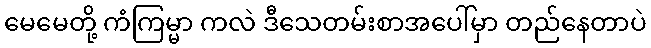
မေမေတို့ ကံကြမ္မာ ကလဲ ဒီသေတမ်းစာအပေါ်မှာ တည်နေတာပဲ